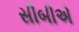
સીબીએ